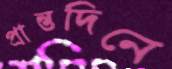
প্রান্তদিনে